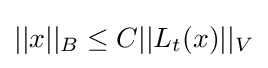
||x||_{B}\leq C||L_{t}(x)||_{V}